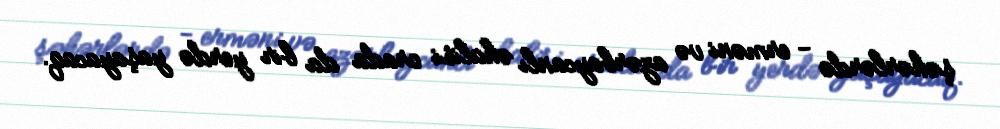
şəhərlərdə - erməni və azərbaycanlı əhalisi orada da bir yerdə yaşayacaq.